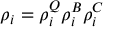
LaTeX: \rho _ { i } = \rho _ { i } ^ { Q } \rho _ { i } ^ { B } \rho _ { i } ^ { C }